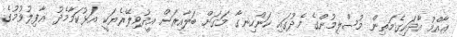
ޢާއްމު އާދައިގެމަތިން މުސްލިމުންގެ މެދުގައި ކަންހިނގާ މަގަށް ބަލާއިރަށް އީދުވިލޭރެޔަކީ އަޅުކަމާމެދު ޣާފިލުވުމުގެ